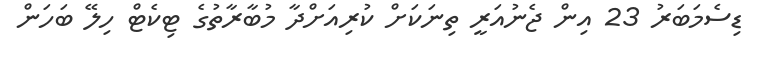
ޑިސެމަބަރު 23 އިން ޖެނުއަރީ ތިނަކަށް ކުރިއަށްދާ މުބާރާތުގެ ޓިކެޓް ހިލޭ ބަހަން